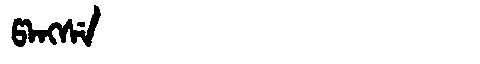
Manchu: ᡦᠠᠩᠰᡝ
Romanization: PANGSE